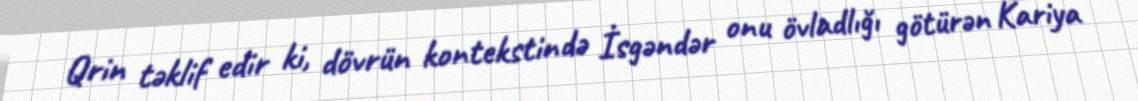
Qrin təklif edir ki, dövrün kontekstində İsgəndər onu övladlığı götürən Kariya